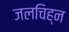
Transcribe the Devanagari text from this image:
जलचिह्न